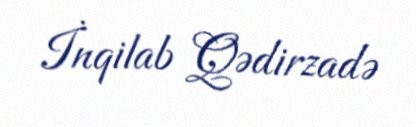
İnqilab Qədirzadə